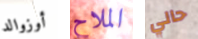
أوزوالد الملاح حالي